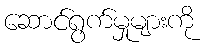
ဆောင်ရွက်မှုများကို